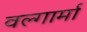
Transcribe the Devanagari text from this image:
वल्गार्मा